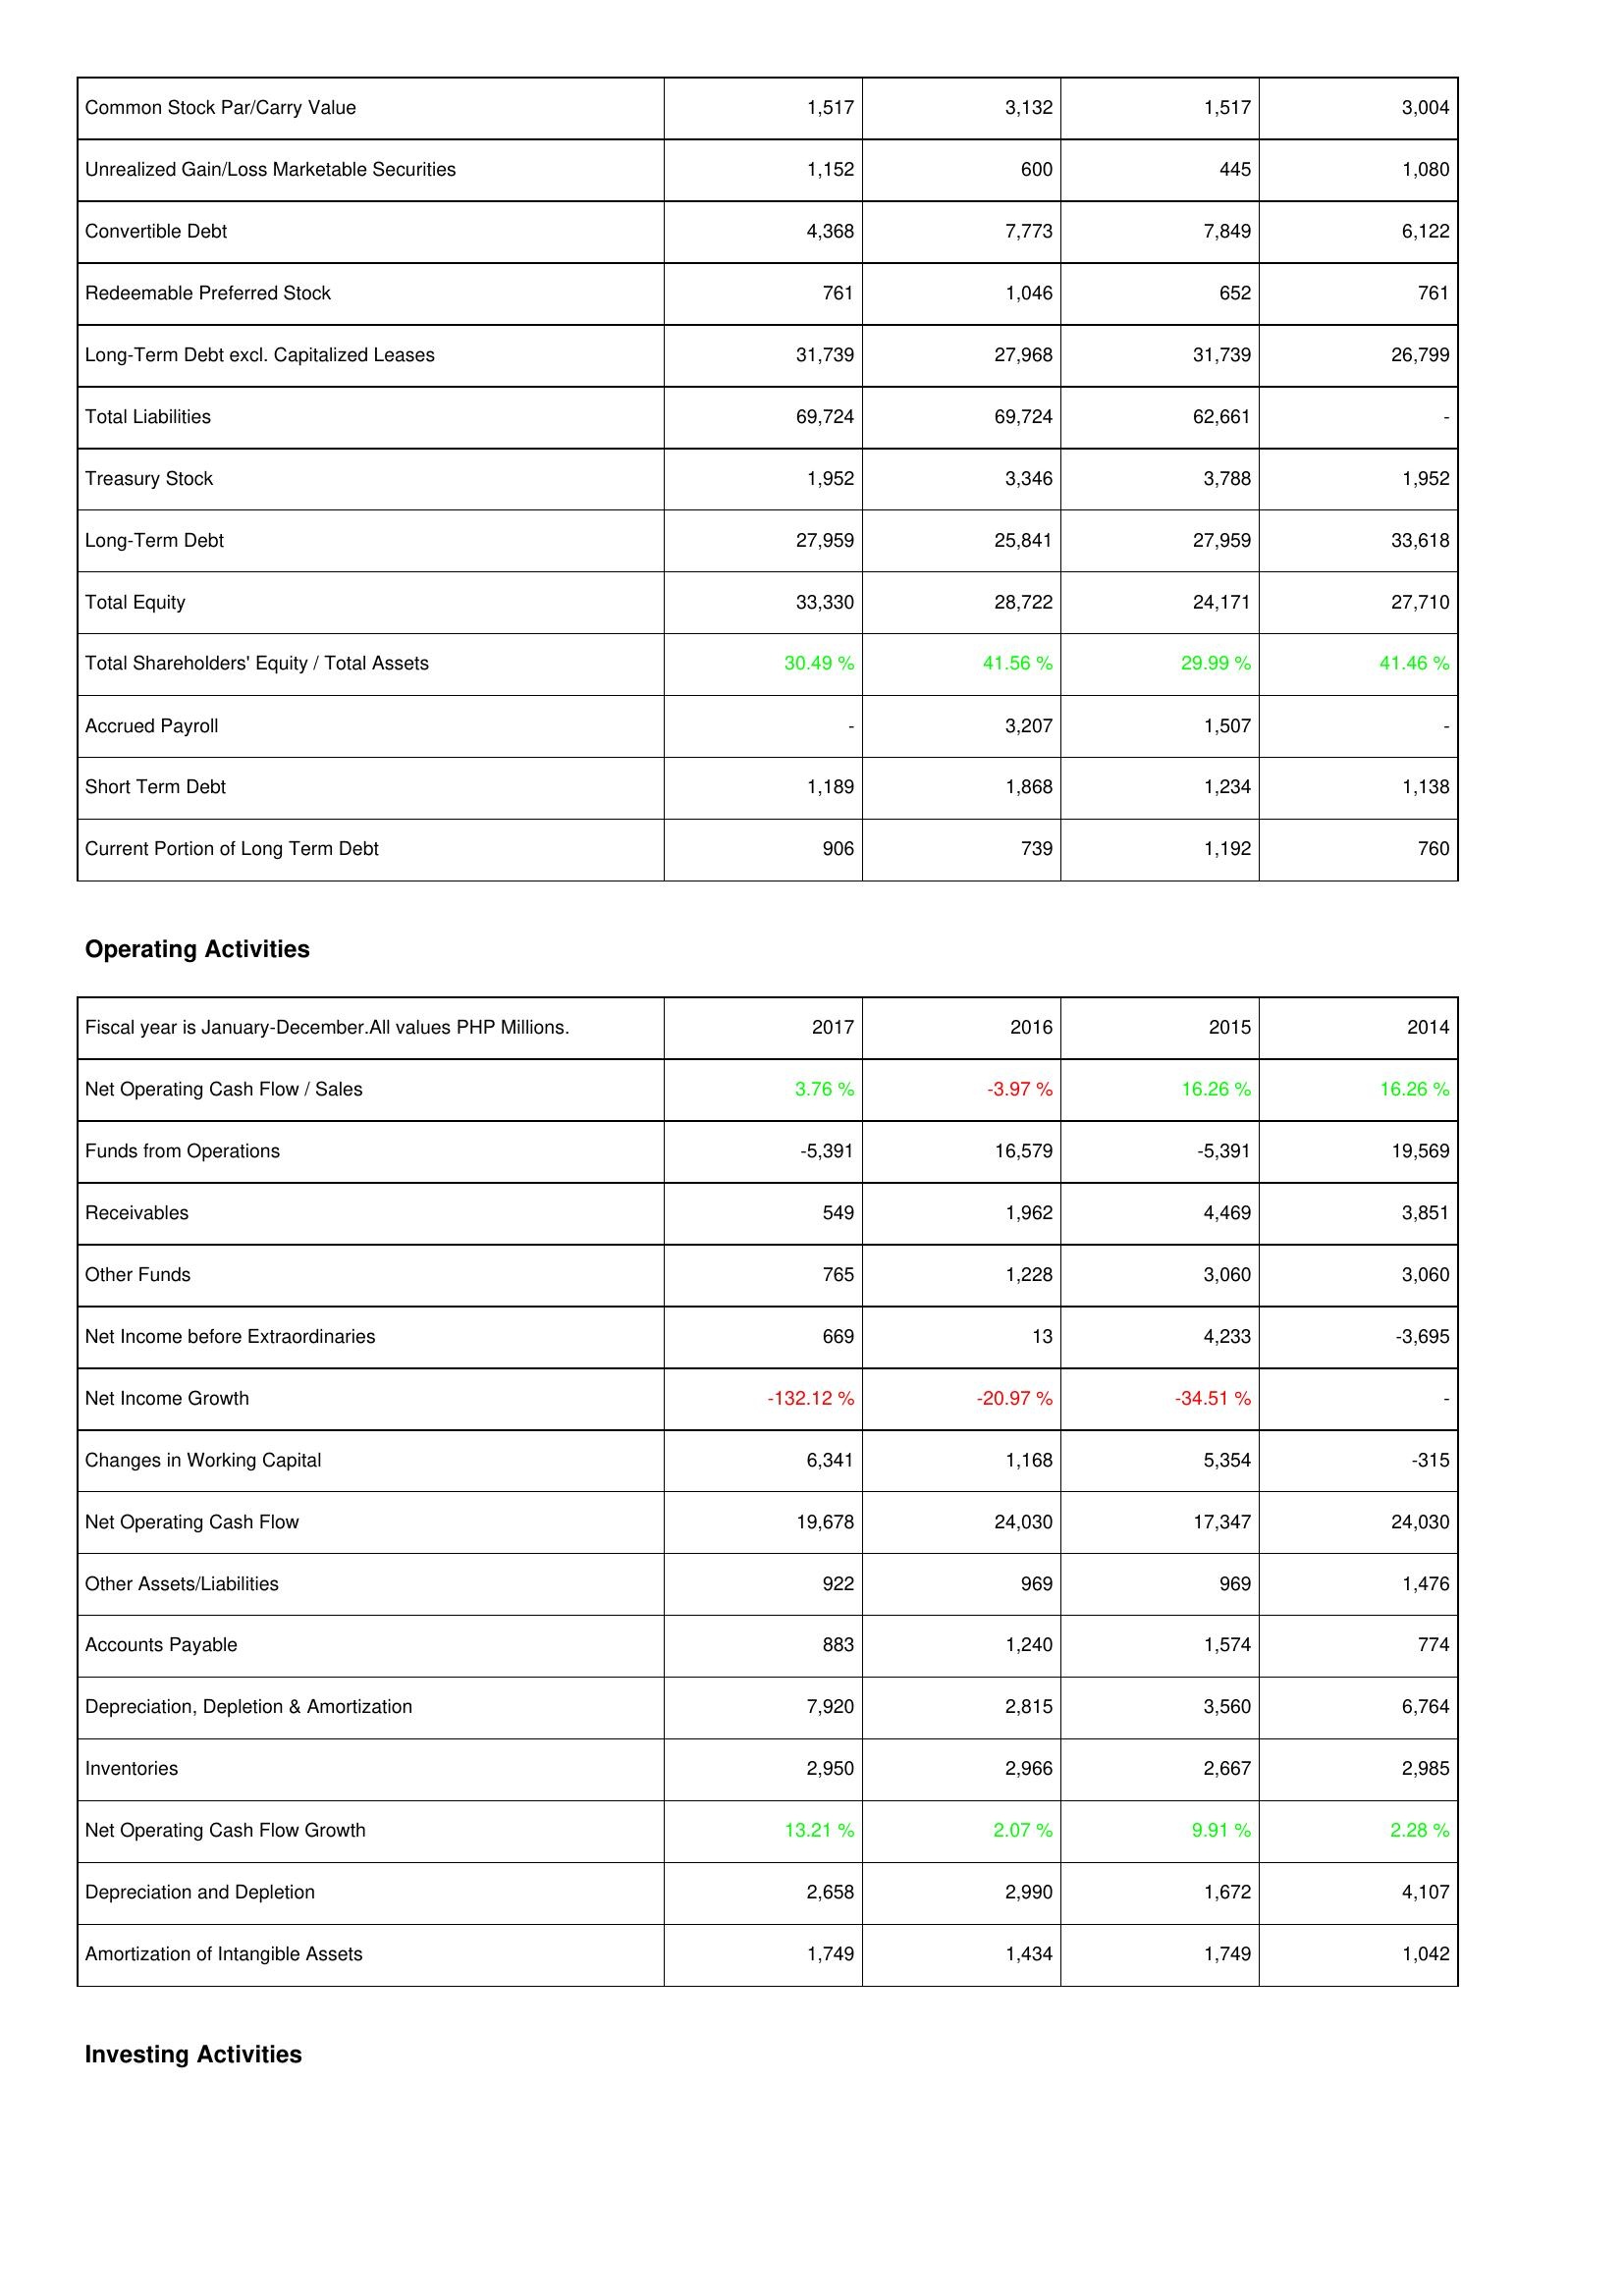
2017: Liabilities & Shareholders' Equity: Common Stock Par/Carry Value: 1,517
Unrealized Gain/Loss Marketable Securities: 1,152
Convertible Debt: 4,368
Redeemable Preferred Stock: 761
Long-Term Debt excl. Capitalized Leases: 31,739
Total Liabilities: 69,724
Treasury Stock: 1,952
Long-Term Debt: 27,959
Total Equity: 33,330
Total Shareholders' Equity / Total Assets: 30.49 %
Accrued Payroll: -
Short Term Debt: 1,189
Current Portion of Long Term Debt: 906
Operating Activities: Net Operating Cash Flow / Sales: 3.76 %
Funds from Operations: -5,391
Receivables: 549
Other Funds: 765
Net Income before Extraordinaries: 669
Net Income Growth: -132.12 %
Changes in Working Capital: 6,341
Net Operating Cash Flow: 19,678
Other Assets/Liabilities: 922
Accounts Payable: 883
Depreciation, Depletion & Amortization: 7,920
Inventories: 2,950
Net Operating Cash Flow Growth: 13.21 %
Depreciation and Depletion: 2,658
Amortization of Intangible Assets: 1,749
2016: Liabilities & Shareholders' Equity: Common Stock Par/Carry Value: 3,132
Unrealized Gain/Loss Marketable Securities: 600
Convertible Debt: 7,773
Redeemable Preferred Stock: 1,046
Long-Term Debt excl. Capitalized Leases: 27,968
Total Liabilities: 69,724
Treasury Stock: 3,346
Long-Term Debt: 25,841
Total Equity: 28,722
Total Shareholders' Equity / Total Assets: 41.56 %
Accrued Payroll: 3,207
Short Term Debt: 1,868
Current Portion of Long Term Debt: 739
Operating Activities: Net Operating Cash Flow / Sales: -3.97 %
Funds from Operations: 16,579
Receivables: 1,962
Other Funds: 1,228
Net Income before Extraordinaries: 13
Net Income Growth: -20.97 %
Changes in Working Capital: 1,168
Net Operating Cash Flow: 24,030
Other Assets/Liabilities: 969
Accounts Payable: 1,240
Depreciation, Depletion & Amortization: 2,815
Inventories: 2,966
Net Operating Cash Flow Growth: 2.07 %
Depreciation and Depletion: 2,990
Amortization of Intangible Assets: 1,434
2015: Liabilities & Shareholders' Equity: Common Stock Par/Carry Value: 1,517
Unrealized Gain/Loss Marketable Securities: 445
Convertible Debt: 7,849
Redeemable Preferred Stock: 652
Long-Term Debt excl. Capitalized Leases: 31,739
Total Liabilities: 62,661
Treasury Stock: 3,788
Long-Term Debt: 27,959
Total Equity: 24,171
Total Shareholders' Equity / Total Assets: 29.99 %
Accrued Payroll: 1,507
Short Term Debt: 1,234
Current Portion of Long Term Debt: 1,192
Operating Activities: Net Operating Cash Flow / Sales: 16.26 %
Funds from Operations: -5,391
Receivables: 4,469
Other Funds: 3,060
Net Income before Extraordinaries: 4,233
Net Income Growth: -34.51 %
Changes in Working Capital: 5,354
Net Operating Cash Flow: 17,347
Other Assets/Liabilities: 969
Accounts Payable: 1,574
Depreciation, Depletion & Amortization: 3,560
Inventories: 2,667
Net Operating Cash Flow Growth: 9.91 %
Depreciation and Depletion: 1,672
Amortization of Intangible Assets: 1,749
2014: Liabilities & Shareholders' Equity: Common Stock Par/Carry Value: 3,004
Unrealized Gain/Loss Marketable Securities: 1,080
Convertible Debt: 6,122
Redeemable Preferred Stock: 761
Long-Term Debt excl. Capitalized Leases: 26,799
Total Liabilities: -
Treasury Stock: 1,952
Long-Term Debt: 33,618
Total Equity: 27,710
Total Shareholders' Equity / Total Assets: 41.46 %
Accrued Payroll: -
Short Term Debt: 1,138
Current Portion of Long Term Debt: 760
Operating Activities: Net Operating Cash Flow / Sales: 16.26 %
Funds from Operations: 19,569
Receivables: 3,851
Other Funds: 3,060
Net Income before Extraordinaries: -3,695
Net Income Growth: -
Changes in Working Capital: -315
Net Operating Cash Flow: 24,030
Other Assets/Liabilities: 1,476
Accounts Payable: 774
Depreciation, Depletion & Amortization: 6,764
Inventories: 2,985
Net Operating Cash Flow Growth: 2.28 %
Depreciation and Depletion: 4,107
Amortization of Intangible Assets: 1,042